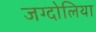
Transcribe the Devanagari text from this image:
जग्दोलिया